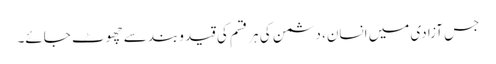
جس آزادی میں انسان، دشمن کی ہر قسم کی قید وبند سے چھوٹ جائے۔